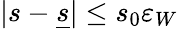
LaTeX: |s-\underline{s}|\leq s_{0}\varepsilon_{W}